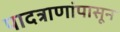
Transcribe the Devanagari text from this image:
पादत्राणांपासून